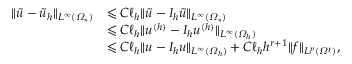
\begin{array} { r l } { \| \tilde { u } - \tilde { u } _ { h } \| _ { L ^ { \infty } ( \varOmega _ { * } ) } } & { \leqslant C \ell _ { h } \| \tilde { u } - I _ { h } \tilde { u } \| _ { L ^ { \infty } ( \varOmega _ { * } ) } } \\ & { \leqslant C \ell _ { h } \| u ^ { ( h ) } - I _ { h } u ^ { ( h ) } \| _ { L ^ { \infty } ( \varOmega _ { h } ) } } \\ & { \leqslant C \ell _ { h } \| u - I _ { h } u \| _ { L ^ { \infty } ( \varOmega _ { h } ) } + C \ell _ { h } h ^ { r + 1 } \| f \| _ { L ^ { p } ( \varOmega ^ { t } ) } , } \end{array}